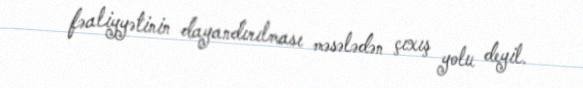
fəaliyyətinin dayandırılması məsələdən çıxış yolu deyil.